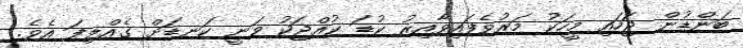
ބަންޑުން ޖަހައި މީހަކު މަރުވެފައިވާއިރު ކުޑަ ކުއްޖަކު ވަނީ ކަނޑަށް ގެއްލިފަ އެވެ.